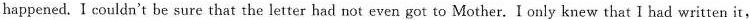
happened. I couldn't be sure that the letter had not even got to Mother. I only knew that I had written it,